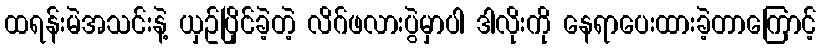
ထရန်းမဲအသင်းနဲ့ ယှဥ်ပြိုင်ခဲ့တဲ့ လိဂ်ဖလားပွဲမှာပါ ဒါလိုးကို နေရာပေးထားခဲ့တာကြောင့်